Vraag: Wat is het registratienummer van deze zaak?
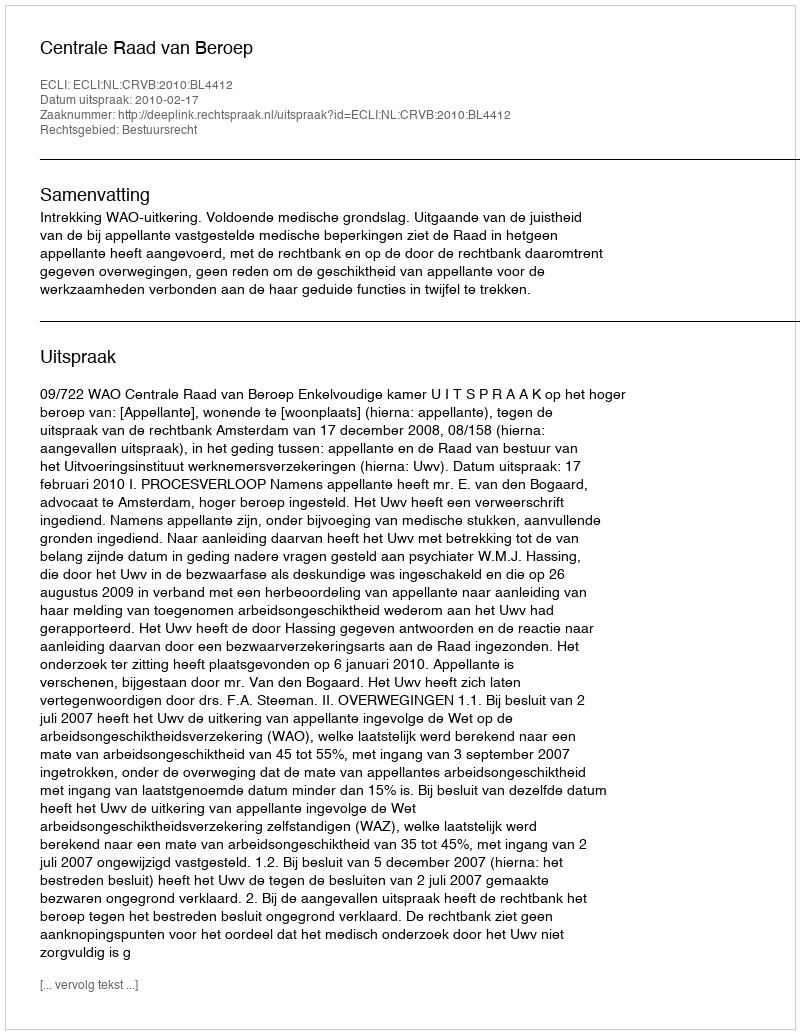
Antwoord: http://deeplink.rechtspraak.nl/uitspraak?id=ECLI:NL:CRVB:2010:BL4412